Leaving Certificate Examination, 1910
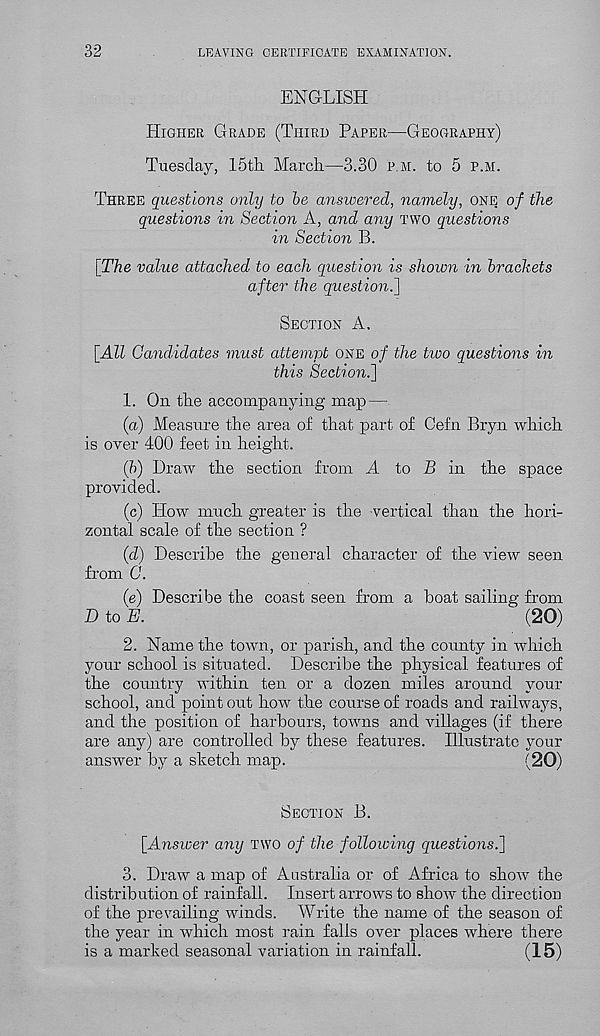
32
LEAVING CERTIFICATE EXAMINATION.
ENGLISH
Higher Grade (Third Paper—Geography)
Tuesday, 15th March—3.30 p m. to 5 p.m.
Three questions only to be answered, namely, one of the
questions in Section A, and any two questions
in Section B.
[The value attached to each question is shown in brackets
after the question.}
Section A.
[All Candidates must attempt one of the two questions in
this Section.]
1. On the accompanying map—
(a) Measure the area of that part of Cefn Bryn which
is over 400 feet in height.
(b) Draw the section from A to B in the space
provided.
(c) How much greater is the vertical than the hori-
zontal scale of the section ?
(d) Describe the general character of the view seen
from C.
(e) Describe the coast seen from a boat sailing from
D to E.
(20)
2. Name the town, or parish, and the county in which
your school is situated. Describe the physical features of
the country within ten or a dozen miles around your
school, and point out how the course of roads and railways,
and the position of harbours, towns and villages (if there
are any) are controlled by these features. Illustrate your
answer by a sketch map.
(20)
Section B.
[Answer any two of the following questions.]
3. Draw a map of Australia or of Africa to show the
distribution of rainfall. Insert arrows to show the direction
of the prevailing winds. Write the name of the season of
the year in which most rain falls over places where there
is a marked seasonal variation in rainfall.
(15)